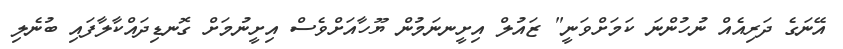
އޭނަގެ ދަރިއެއް ނުހުންނަ ކަމަށްވަނީ" ޒައުލް އިށީނނަމުން ޔޫހާއަށްވެސް އިށީނުމަށް ގޮނޑިދައްކާލާފައި ބުނެލި